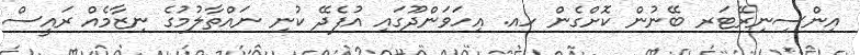
އިންސިނިރޭޓަރ ބޭނުން ކޮށްގެން ހއ. އިހަވަންދޫގައި އުފެދޭ ކުނި ނައްތާލުމުގެ ނިޒާމެއް ރައީސް